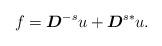
LaTeX: \begin{align*}f=\boldsymbol{D}^{-s}u+\boldsymbol{D}^{s*}u.\end{align*}